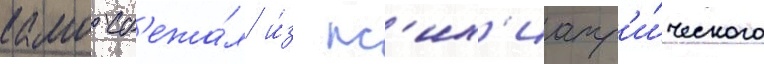
камо сб'ежа́л и́з пс'их'иатр'и́ческого